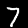
Label: 7